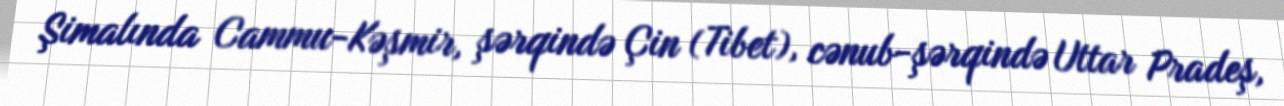
Şimalında Cammu-Kəşmir, şərqində Çin (Tibet), cənub-şərqində Uttar Pradeş,